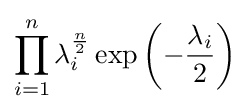
\prod _{i=1}^{n}\lambda _{i}^{\frac {n}{2}}\exp \left(-{\frac {\lambda _{i}}{2}}\right)